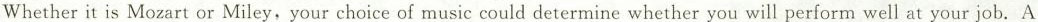
Whether it is Mozart or Miley, your choice of music could determine whether you will perform well at your job. A